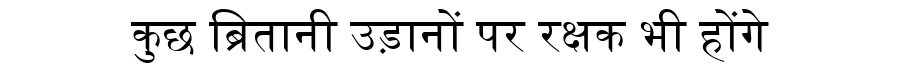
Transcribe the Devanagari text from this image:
कुछ ब्रितानी उड़ानों पर रक्षक भी होंगे